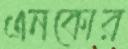
এনকোর